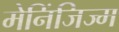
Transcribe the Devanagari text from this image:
मेनिंजिज्म